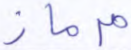
مرماز